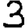
Digit: 3